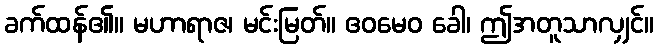
ခက်ထန်၏။ မဟာရာဇ၊ မင်းမြတ်။ ဧဝမေဝ ခေါ၊ ဤအတူသာလျှင်။